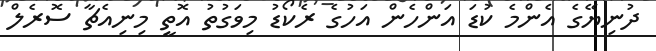
ދުނިޔޭގެ އެންމެ ކުޑަ އަންހެން އަހުގެ ރެކޯޑު މިވަގުތު އޮތީ މިނިއެޗާ ސޮރެލް